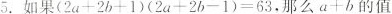
5.如果$$( 2 a + 2 b + 1 ) ( 2 a + 2 b - 1 ) = 6 3$$，那么$$a + b$$的值